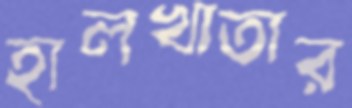
হালখাতার